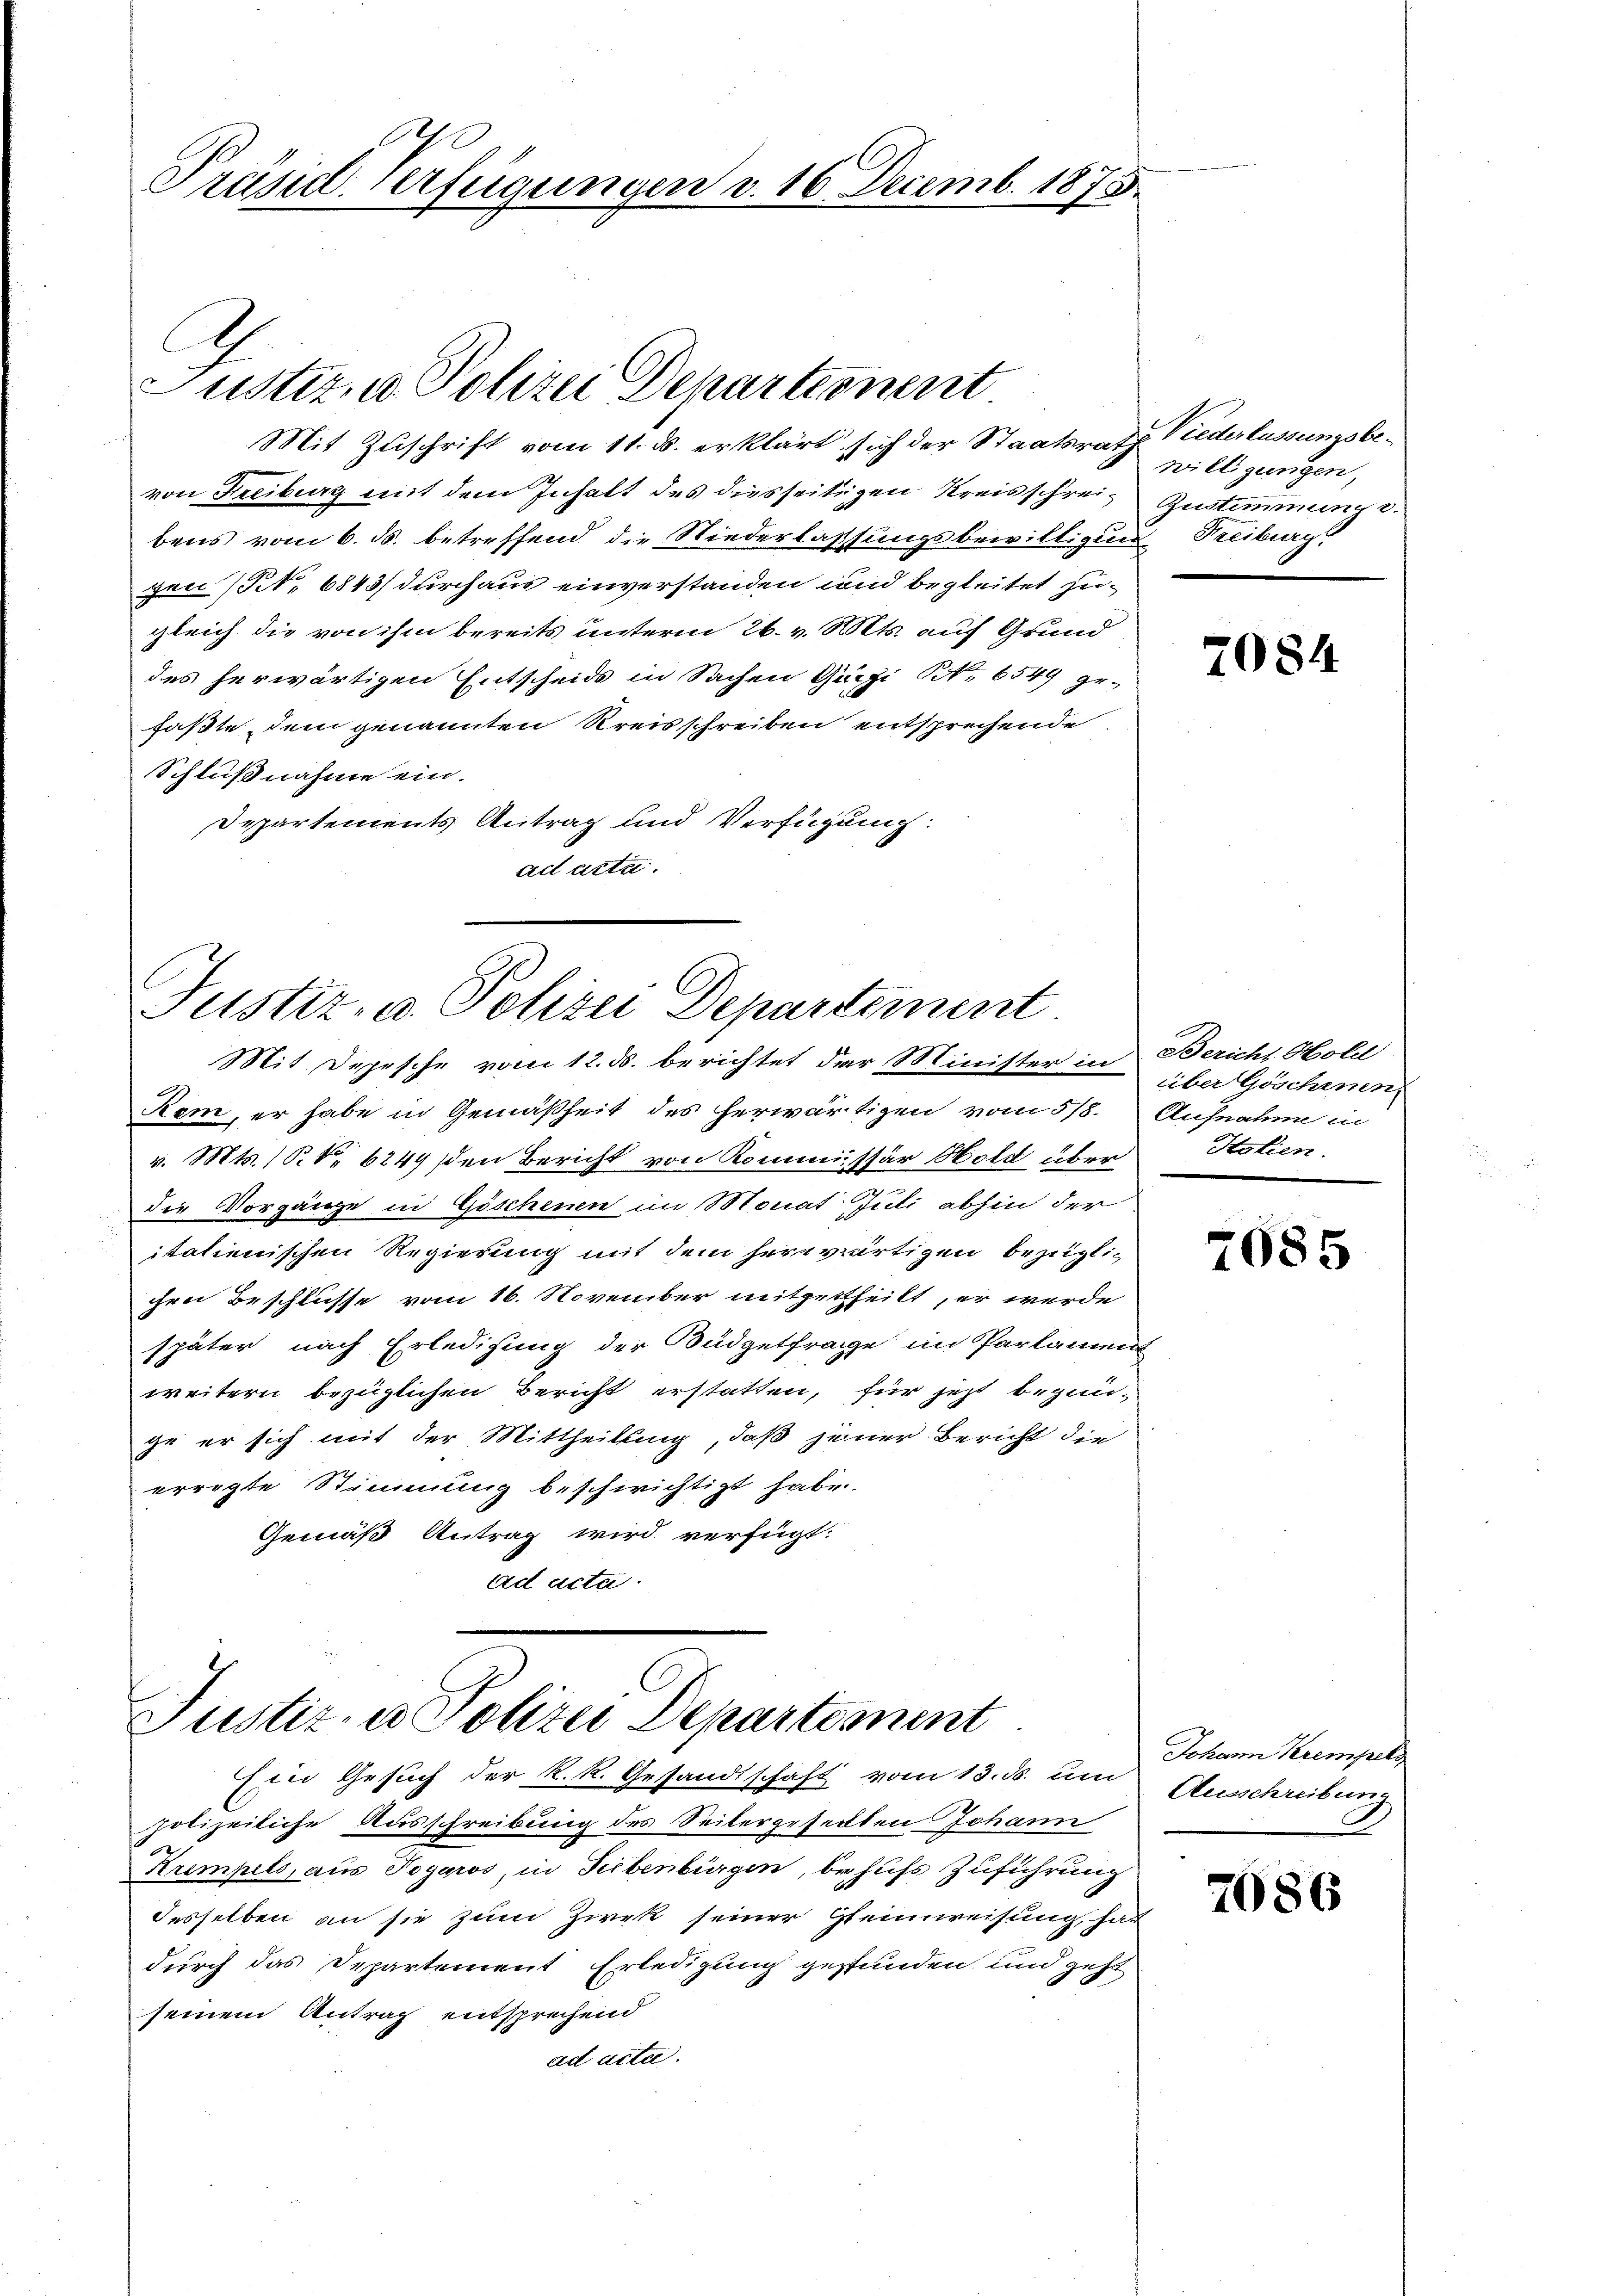
Präsid. Verfügungen v. 16. Decemb. 1873.

Mit Zuschrift vom 11. ds. erklärt sich der Staatsrath Niederlassungsbevon Freiburg mit dem Inhalt des diesseitigen Kreisschreibens vom 6. ds. betreffend die Niederlassungsbewilligung Treiburg.
gen (S. 6843/ durchaus einverstanden und begleitet zugleich die von ihm bereits unterm 26. v. Mts. auf Grund
des herwärtigen Entscheids in Sachen Guizi No 6549 ge-
faßte dem genannten Kreisschreiben entsprechende
Schlußnahme ein.
Departements Antrag und Verfügung:
ad acte.

.

Mit Depesche vom 12. ds. berichtet der Minister in Bericht Hold
Rom, er habe in Gemäßheit des herwärtigen vom 5/8. Aufnahm in
v. Mts. S. 6249 den Bericht von Kommissär Hold über
die Vorgänge in Göschenen im Monat Juli abhin der
italienischen Regierung mit dem herwärtigen bezüglichen Beschlüsse vom 16. November mitgettheilt, er werde
später nach Erledigung der Büdgetfrage im Parlament
weitern bezüglichen Bericht erstatten, für jetzt begange er sich mit der Mittheilung, daß jener Bericht die
erregte Stimmung beschwichtigt habe.
Gemäß Antrag wird verfügt:
ad acta.

Eiii Gesuch der K. R. Gesandtschaft vom 13. ds. um
polizeiliche Ausschreibung des Seitergeseckten Johann
Krempels, aus Togaros, in Serbenbürgen, behufs Zuführung
desselben an sie zum Zirk seiner Geinweisung, hat
durch das Departement Erledigung gestunden und geht
seinem Antrag entsprechend
ad acta.

Justiz, u. Polizei Departienent

Justiz- u. Polizei Departement

Justiz- u. Polizei Departement

willigungen,
Gustimmung e

7084

über Göschenen
Hotien.

7085

Johann Krempels
Ausschreibung

7686